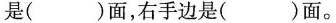
是( )面，右手边是( )面。